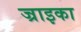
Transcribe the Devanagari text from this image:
ज्राइका